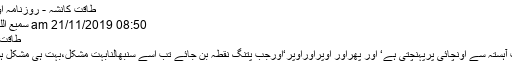
طاقت کانشہ - روزنامہ اوصاف
08:50 am 21/11/2019 سمیع اللہ ملک
طاقت کانشہ
وہ بہت آہستہ سے اونچائی پرپہنچتی ہے‘ اور پھراور اوپراوراوپر‘اورجب پتنگ نقطہ بن جائے تب اسے سنبھالنابہت مشکل،بہت ہی مشکل ہوتاہے۔